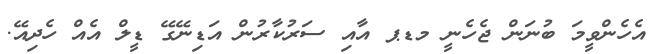
އެހެންވީމަ ބުނަން ޖެހެނީ މޑޕ އާއި ސަރުކާރުން އަޑިނޭގޭ ޑީލް އެއް ހެދިއޭ.